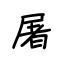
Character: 屠